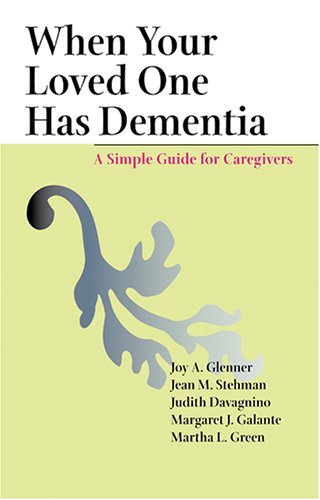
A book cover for When Your Loved One Has Dementia: A Simple Guide for Caregivers; Joy A. Glenner; Medical Books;